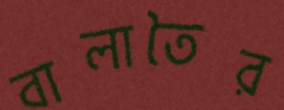
বালাতৈর